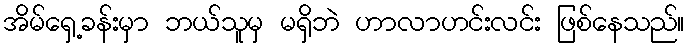
အိမ်ရှေ့ခန်းမှာ ဘယ်သူမှ မရှိဘဲ ဟာလာဟင်းလင်း ဖြစ်နေသည်။